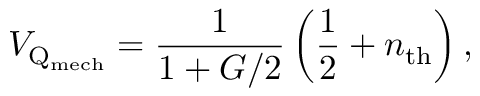
V _ { \mathrm { Q } _ { \mathrm { m e c h } } } = \frac { 1 } { 1 + G / 2 } \left( \frac { 1 } { 2 } + n _ { \mathrm { t h } } \right) ,